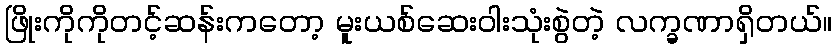
ဖြိုးကိုကိုတင့်ဆန်းကတော့ မူးယစ်ဆေးဝါးသုံးစွဲတဲ့ လက္ခဏာရှိတယ်။